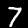
Digit: 7